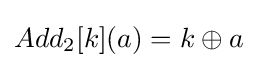
Add_{2}[k](a)=k\oplus a